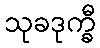
သုခဒုက္ခီ